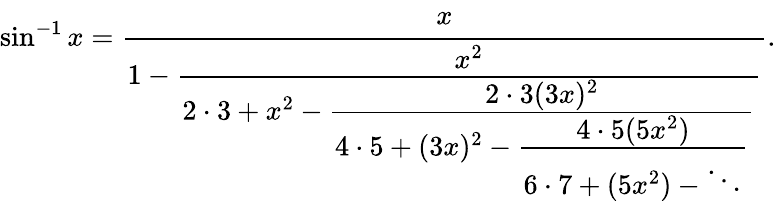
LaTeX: \sin^{-1}x={\cfrac{x}{1-{\cfrac{x^{2}}{2\cdot 3+x^{2}-{\cfrac{2\cdot 3(3x)^{2}}{4\cdot 5+(3x)^{2}-{\cfrac{4\cdot 5(5x^{2})}{6\cdot 7+(5x^{2})-\ddots}}}}}}}}.